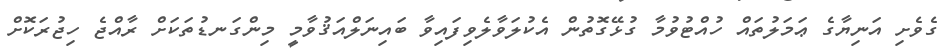
ގެވެށި އަނިޔާގެ ޢަމަލުތައް ހުއްޓުވުމާ ގުޅޭގޮތުން އެކުލަވާލެވިފައިވާ ބައިނަލްއަޤުވާމީ މިންގަނޑުތަކަށް ރާއްޖެ ހިޖުރަކޮށް